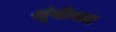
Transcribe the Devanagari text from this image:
श्रृंगीयता